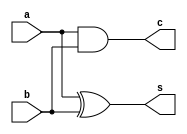
`timescale 1ns / 1ps
//////////////////////////////////////////////////////////////////////////////////
// Company: 
// Engineer: 
// 
// Design Name: 
// Module Name: halfadder_str
// Project Name: 
// Target Devices: 
// Tool Versions: 
// Description: 
// 
// Dependencies: 
// 
// Revision:
// Revision 0.01 - File Created
// Additional Comments:
// 
//////////////////////////////////////////////////////////////////////////////////


module halfadder_str(a,b,c,s

    );
    input a,b;
    output s,c;
    
    xor (s,a,b);
    and (c,a,b);
endmodule